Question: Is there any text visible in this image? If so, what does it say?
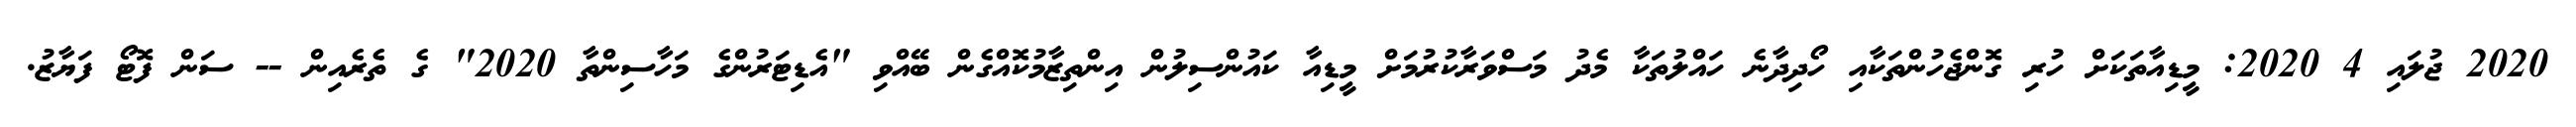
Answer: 2020 ޖުލައި 4 2020: މީޑިއާތަކަށް ހުރި ގޮންޖެހުންތަކާއި ހޯދިދާނެ ހައްލުތަކާ މެދު މަސްވަރާކުރުމަށް މީޑިއާ ކައުންސިލުން އިންތިޒާމުކޮއްގެން ބޭއްވި "އެޑިޓަރުންގެ މަހާސިންތާ 2020" ގެ ތެރެއިން -- ސަން ފޮޓޯ ފަޔާޒު.